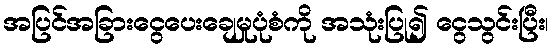
အပြင်အခြားငွေပေးချေမှုပုံစံကို အသုံးပြု၍ ငွေသွင်းပြီး၊